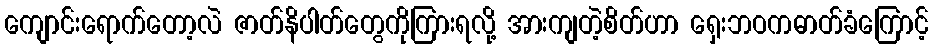
ကျောင်းရောက်တော့လဲ ဇာတ်နိပါတ်တွေကိုကြားရလို့ အားကျတဲ့စိတ်ဟာ ရှေးဘဝကဓာတ်ခံကြောင့်